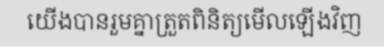
យើងបានរួមគ្នាត្រួតពិនិត្យមើលឡើងវិញ